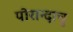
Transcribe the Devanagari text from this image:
पोरान्दाचु